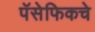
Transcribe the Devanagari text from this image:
पॅसेफिकचे